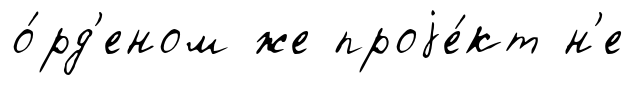
о́рд'еном же проjе́кт н'е